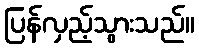
ပြန်လှည့်သွားသည်။